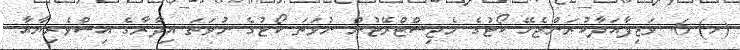
(ހ) 6. ވަޒިފާއަދާކުރަންޖެހޭ ކޯޓުގެ މެޖިސްޓްރޭޓުން ނުވަތަ ކޯޓުގެ ނުވަތަ އިދާރާގެ އިސްވެރިޔާއާ